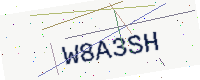
Text: W8A3SH